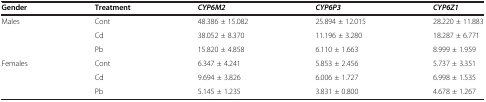
<table><thead><tr><td><b>Gender</b></td><td><b>Treatment</b></td><td><b><i>CYP6M2</i></b></td><td><b><i>CYP6P3</i></b></td><td><b><i>CYP6Z1</i></b></td></tr></thead><tbody><tr><td rowspan="3">Males</td><td>Cont</td><td>48.386 ± 15.082</td><td>25.894 ± 12.015</td><td>28.220 ± 11.883</td></tr><tr><td>Cd</td><td>38.052 ± 8.370</td><td>11.196 ± 3.280</td><td>18.287 ± 6.771</td></tr><tr><td>Pb</td><td>15.820 ± 4.858</td><td>6.110 ± 1.663</td><td>8.999 ± 1.959</td></tr><tr><td>Females</td><td>Cont</td><td>6.347 ± 4.241</td><td>5.853 ± 2.456</td><td>5.737 ± 3.351</td></tr><tr><td> </td><td>Cd</td><td>9.694 ± 3.826</td><td>6.006 ± 1.727</td><td>6.998 ± 1.535</td></tr><tr><td> </td><td>Pb</td><td>5.145 ± 1.235</td><td>3.831 ± 0.800</td><td>4.678 ± 1.267</td></tr></tbody></table>